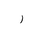
Letter: _ra